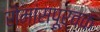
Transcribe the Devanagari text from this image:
रोमांसपूर्वक